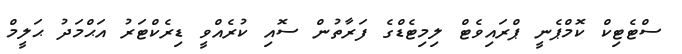
ސްޓެޓިކް ކޮމްޕެނީ ޕްރައިވެޓް ލިމިޓެޑްގެ ފަރާތުން ސޮއި ކުރެއްވީ ޑިރެކްޓަރު އަޙްމަދު ޙަލީމް